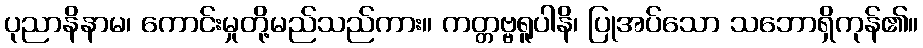
ပုညာနိနာမ၊ ကောင်းမှုတို့မည်သည်ကား။ ကတ္တဗ္ဗရူပါနိ၊ ပြုအပ်သော သဘောရှိကုန်၏။